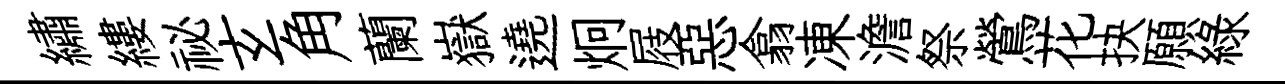
繡縷祕𤣥角蘭嶽遶炯屐惡翕凍澹祭鶯花抉願緑